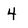
Character: 4